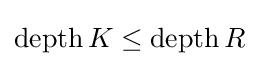
\operatorname {depth} K\leq \operatorname {depth} R